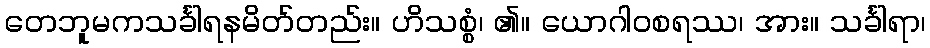
တေဘူမကသင်္ခါရနမိတ်တည်း။ ဟိသစ္စံ၊ ၏။ ယောဂါဝစရဿ၊ အား။ သင်္ခါရာ၊